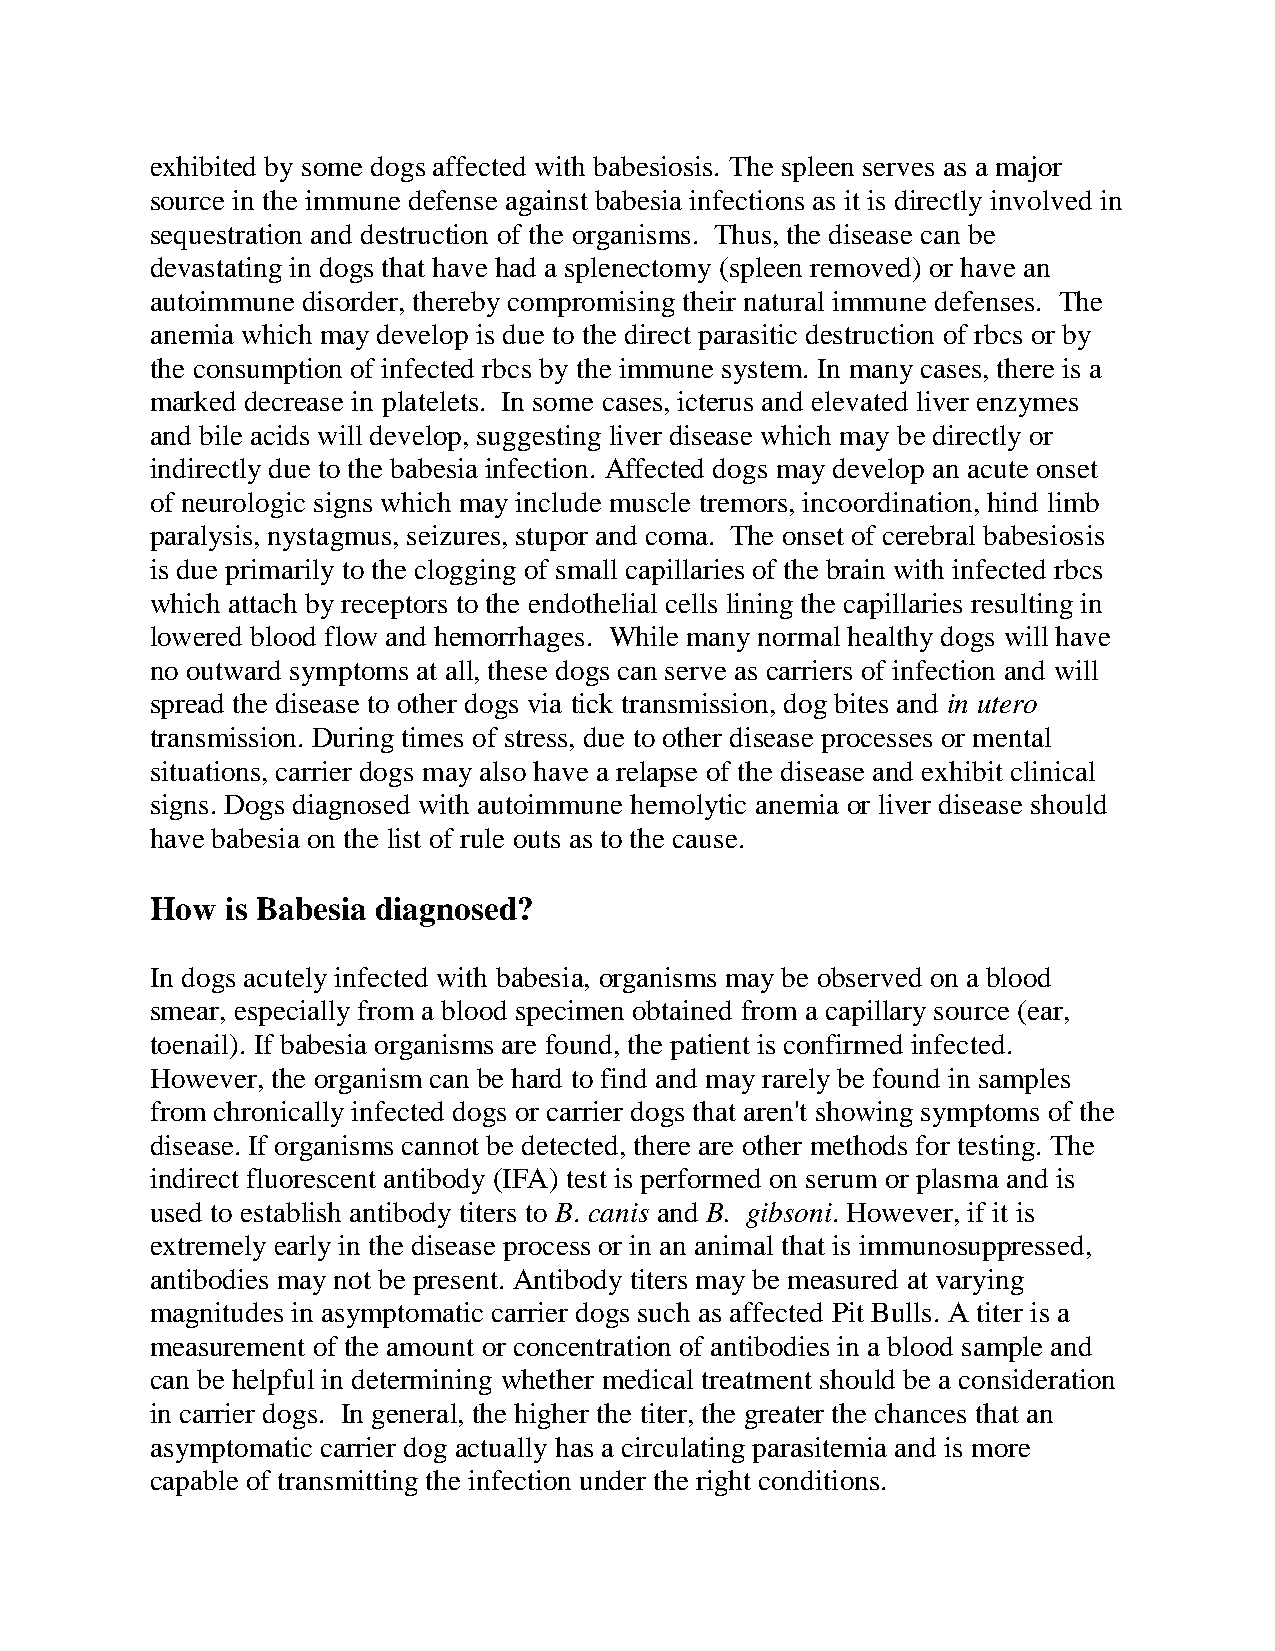
exhibited by some dogs affected with babesiosis. The spleen serves as a major
 source in the immune defense against babesia infections as it is directly involved in
 sequestration and destruction of the organisms. Thus, the disease can be
 devastating in dogs that have had a splenectomy (spleen removed) or have an
 autoimmune disorder, thereby compromising their natural immune defenses. The
 anemia which may develop is due to the direct parasitic destruction of rbcs or by
 the consumption of infected rbcs by the immune system. In many cases, there is a
 marked decrease in platelets. In some cases, icterus and elevated liver enzymes
 and bile acids will develop, suggesting liver disease which may be directly or
 indirectly due to the babesia infection. Affected dogs may develop an acute onset
 of neurologic signs which may include muscle tremors, incoordination, hind limb
 paralysis, nystagmus, seizures, stupor and coma. The onset of cerebral babesiosis
 is due primarily to the clogging of small capillaries of the brain with infected rbcs
 which attach by receptors to the endothelial cells lining the capillaries resulting in
 lowered blood flow and hemorrhages. While many normal healthy dogs will have
 no outward symptoms at all, these dogs can serve as carriers of infection and will
 spread the disease to other dogs via tick transmission, dog bites and in utero
 transmission. During times of stress, due to other disease processes or mental
 situations, carrier dogs may also have a relapse of the disease and exhibit clinical
 signs. Dogs diagnosed with autoimmune hemolytic anemia or liver disease should
 have babesia on the list of rule outs as to the cause.
 How  is Babesia diagnosed?
 In dogs acutely infected with babesia, organisms may be observed on a blood
 smear, especially from a blood specimen obtained from a capillary source (ear,
 toenail). If babesia organisms are found, the patient is confirmed infected.
 However, the organism can be hard to find and may rarely be found in samples
 from chronically infected dogs or carrier dogs that aren't showing symptoms of the
 disease. If organisms cannot be detected, there are other methods for testing. The
 indirect fluorescent antibody (IFA) test is performed on serum or plasma and is
 used to establish antibody titers to B. canis and B. gibsoni. However, if it is
 extremely early in the disease process or in an animal that is immunosuppressed,
 antibodies may not be present. Antibody titers may be measured at varying
 magnitudes in asymptomatic carrier dogs such as affected Pit Bulls. A titer is a
 measurement of the amount or concentration of antibodies in a blood sample and
 can be helpful in determining whether medical treatment should be a consideration
 in carrier dogs. In general, the higher the titer, the greater the chances that an
 asymptomatic carrier dog actually has a circulating parasitemia and is more
 capable of transmitting the infection under the right conditions.